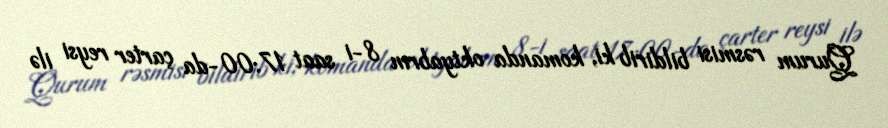
Qurum rəsmisi bildirib ki, komanda oktyabrın 8-i saat 17:00-da çarter reysi ilə